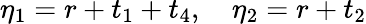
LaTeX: \eta_{1}=r+t_{1}+t_{4},\quad\eta_{2}=r+t_{2}